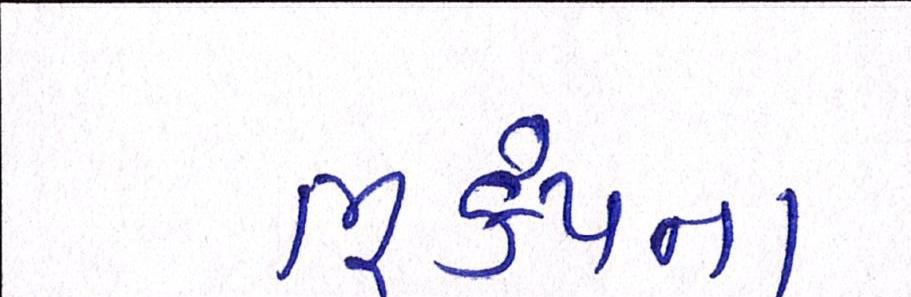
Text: ભૂકંપના